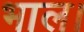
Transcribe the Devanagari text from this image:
भाल।